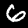
Digit: 6